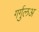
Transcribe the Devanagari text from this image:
गर्गुलअ